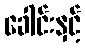
ခေါင်းနှင့်